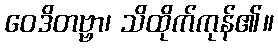
ဝေဒိတဗ္ဗာ၊ သိထိုက်ကုန်၏။